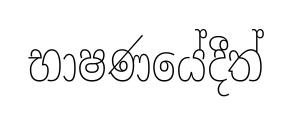
භාෂණයේදීත්